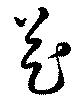
芲